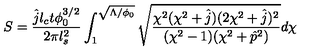
S = \frac { \hat { j } l _ { c } t \phi _ { 0 } ^ { 3 / 2 } } { 2 \pi l _ { s } ^ { 2 } } \int _ { 1 } ^ { \sqrt { \Lambda / \phi _ { 0 } } } \sqrt { \frac { \chi ^ { 2 } ( \chi ^ { 2 } + \hat { j } ) ( 2 \chi ^ { 2 } + \hat { j } ) ^ { 2 } } { ( \chi ^ { 2 } - 1 ) ( \chi ^ { 2 } + \hat { p } ^ { 2 } ) } } d \chi